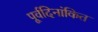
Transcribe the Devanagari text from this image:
पूर्वदिनांकित